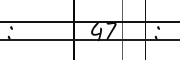
:      47   :